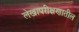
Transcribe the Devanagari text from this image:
लेखापरीक्षणातील